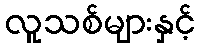
လူသစ်များနှင့်